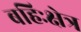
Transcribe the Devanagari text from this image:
बहिःक्षेत्र